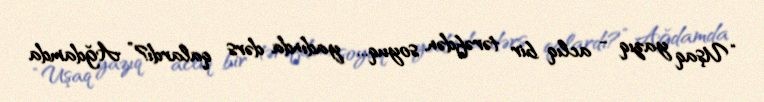
“Uşaq yazıq - aclıq bir tərəfdən, soyuq... yadında dərs qalardı?” Ağdamda